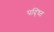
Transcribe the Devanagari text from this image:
पद्ध्ति